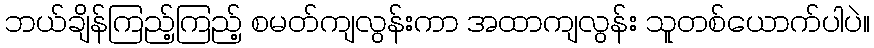
ဘယ်ချိန်ကြည့်ကြည့် စမတ်ကျလွန်းကာ အထာကျလွန်း သူတစ်ယောက်ပါပဲ။